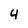
Character: 4